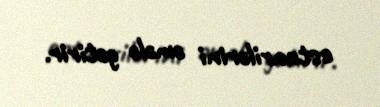
estuarilərini əmələ gətirir.